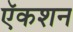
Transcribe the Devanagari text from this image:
ऍकशन